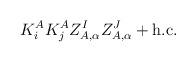
LaTeX: \begin{align*}K^A_iK^A_jZ_{A,\alpha}^IZ^J_{A,\alpha} + {\rm h.c.}\end{align*}